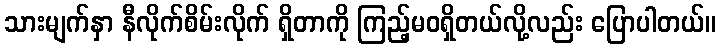
သားမျက်နှာ နီလိုက်စိမ်းလိုက် ရှိတာကို ကြည့်မဝရှိတယ်လို့လည်း ပြောပါတယ်။